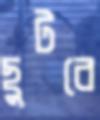
ছুটবে